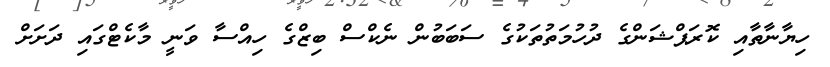
ހިޔާނާތާއި ކޮރަޕްޝަންގެ ދުހުމަތުތަކުގެ ސަބަބުން ނެކްސް ބިޒްގެ ހިއްސާ ވަނީ މާކެޓްގައި ދަށަށް